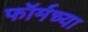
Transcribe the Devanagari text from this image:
फॉर्मच्या